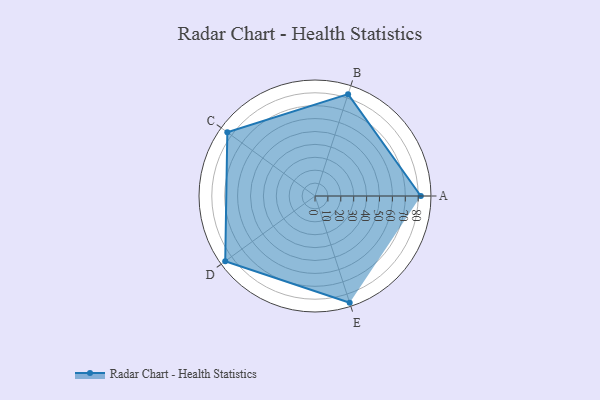
{"axis": {"x": "Skill", "y": "Score"}, "legend": ["Profile"], "data": [{"x": "A", "y": 82.0, "type": "Profile"}, {"x": "B", "y": 83.0, "type": "Profile"}, {"x": "C", "y": 84.0, "type": "Profile"}, {"x": "D", "y": 86.0, "type": "Profile"}, {"x": "E", "y": 87.0, "type": "Profile"}]}